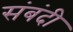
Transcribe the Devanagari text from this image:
संबंदी